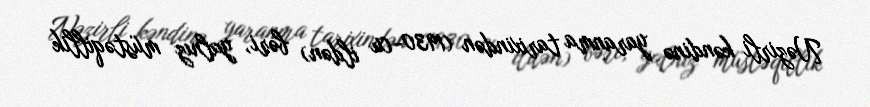
Nəzirli kəndinə yaranma tarixindən (1930-cu ildən) bəri, yalnız müstəqillik